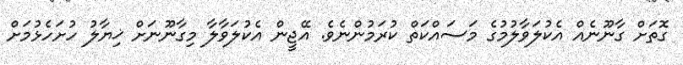
ގޮތަށް ގާނޫނެއް އެކުލަވާލުމުގެ މަސައްކަތް ކުރަމުންނެވެ. އޭޖީން އެކުލަވާލާ މިގާނޫނަށް ޚިޔާލު ހުށަހެޅުމަށް